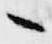
々